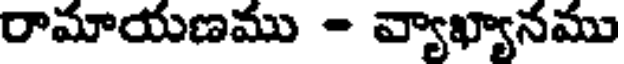
రామాయణము - వ్యాఖ్యానము